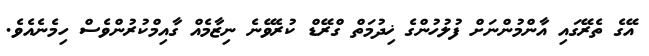
އޭގެ ތެރޭގައި އާންމުންނަށް ފުލުހުންގެ ޚިދުމަތް ގްރޭޑް ކުރެވޭނެ ނިޒާމެއް ގާއިމްކުރުންވެސް ހިމެނެއެވެ.